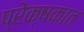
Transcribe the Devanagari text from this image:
प्रेक्षकात